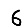
Digit: 6